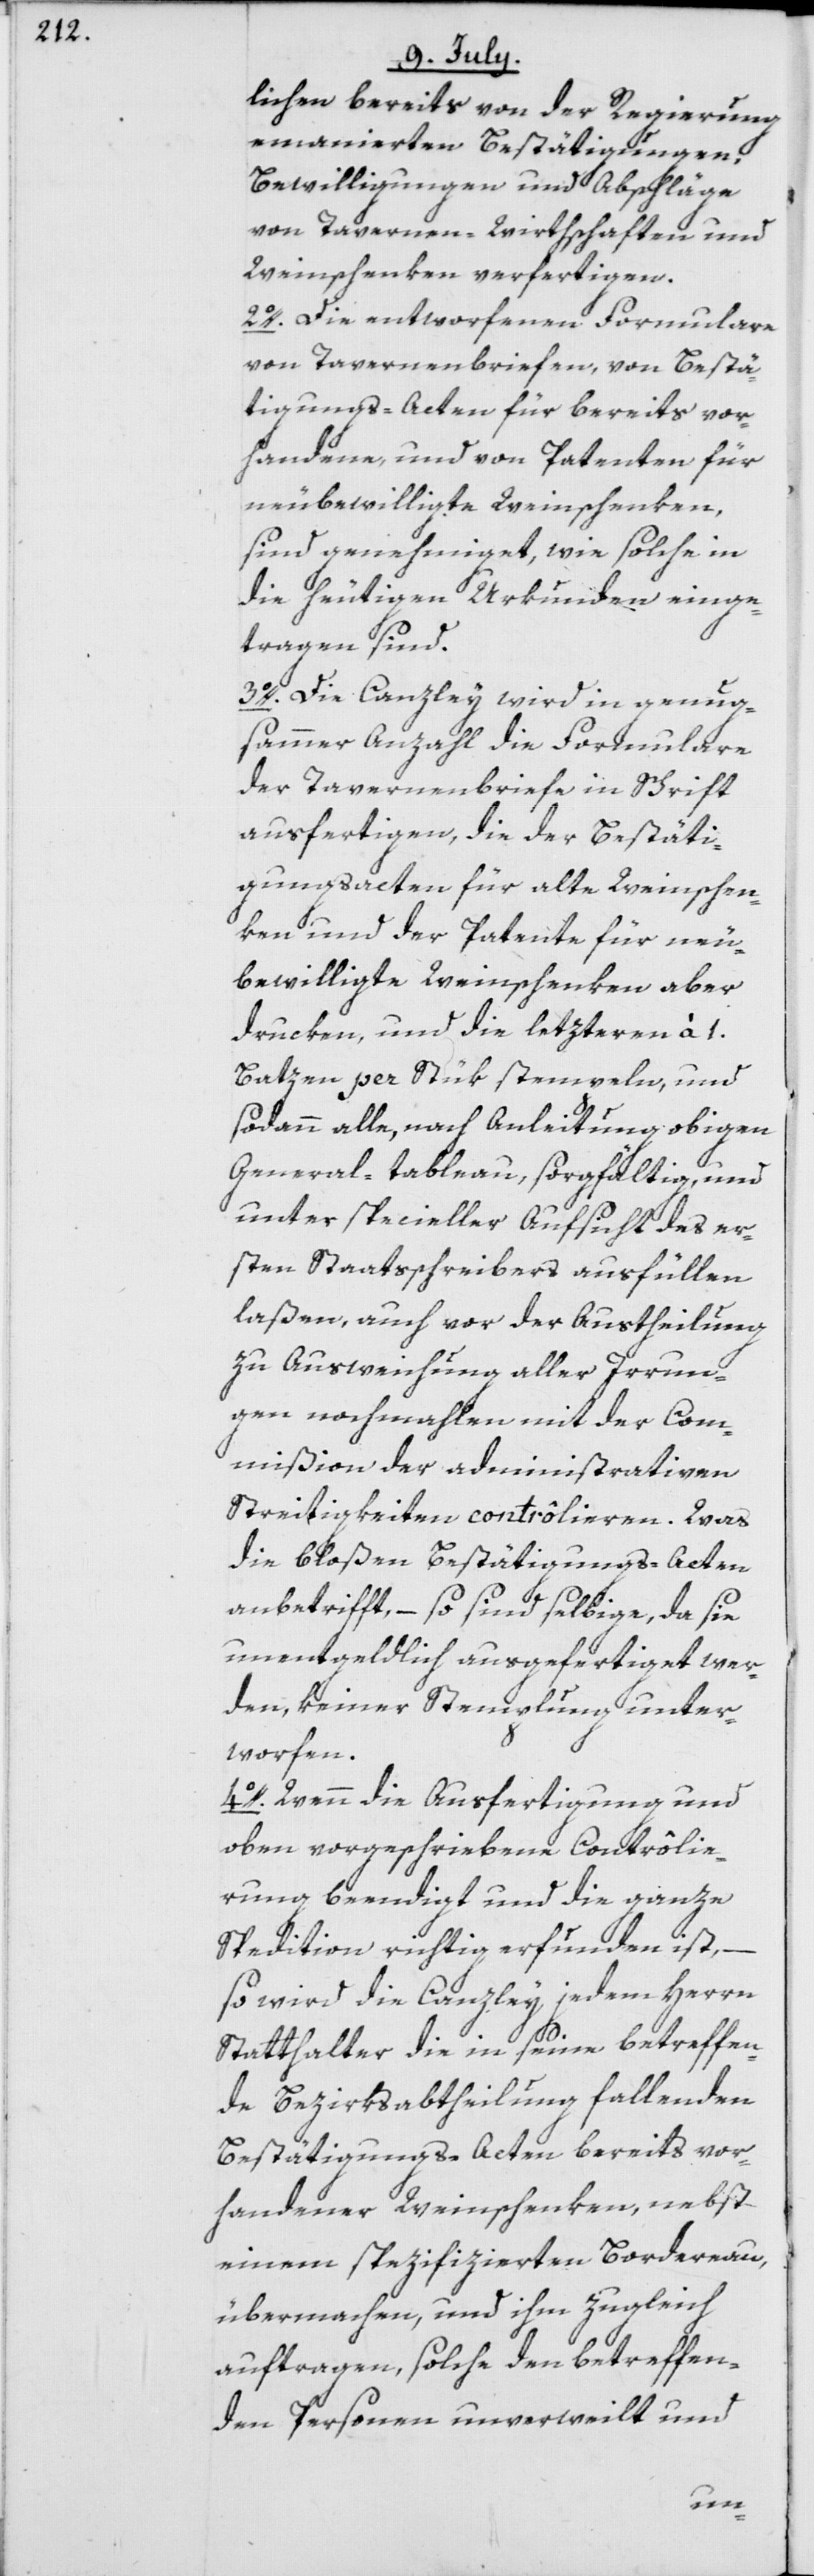
lichen bereits von der Regierung
emanierten Bestätigungen,
Bewilligungen und Abschläge
von Tavernen-Wirthschaften und
Weinschenken verfertigen.
2o. Die entworfenen Formulare
von Tavernenbriefen, von Bestä¬
tigungs-Acten für bereits vor¬
handene, und von Patenten für
neubewilligte Weinschenken,
sind genehmiget, wie solche in
die heutigen Urkunden einge¬
tragen sind.
3o. Die Canzley wird in genug¬
sammer Anzahl die Formulare
der Tavernenbriefe in Schrift
ausfertigen, die der Bestäti¬
gungsacten für alte Weinschen¬
ken und der Patente für neu¬
bewilligte Weinschenken aber
drucken, und die letzteren à 1.
Batzen per Stük stempeln, und
sodann alle, nach Anleitung obigen
General-tableau, sorgfältig, und
unter specieller Aufsicht des er¬
sten Staatsschreibers ausfüllen
laßen, auch vor der Austheilung
zu Ausweichung aller Irrun¬
gen nochmahlen mit der Com¬
mißion der administrativen
Streitigkeiten contrôlieren. Was
die bloßen Bestätigungs-Acten
anbetrifft, – so sind selbige, da sie
unentgeldlich ausgefertiget wer¬
den, keiner Stemplung unter¬
worfen.
4o. Wenn die Ausfertigung und
oben vorgeschriebene Contrôlie¬
rung beendigt und die ganze
Spedition richtig erfunden ist, –
so wird die Canzley jedem Herrn
Statthalter die in seine betreffen¬
de Bezirksabtheilung fallenden
Bestätigungs-Acten bereits vor¬
handener Weinschenken, nebst
einem spezifizierten Bordereau,
übermachen, und ihm zugleich
auftragen, solche den betreffen¬
den Personen unverweilt und